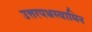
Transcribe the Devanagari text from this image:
उत्तरपथस्वामिन